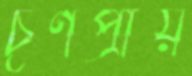
চূর্ণপ্রায়